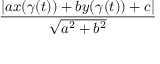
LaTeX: \frac { | a x ( \gamma ( t ) ) + b y ( \gamma ( t ) ) + c | } { \sqrt { a ^ { 2 } + b ^ { 2 } } }